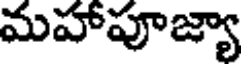
మహాపూజ్యా